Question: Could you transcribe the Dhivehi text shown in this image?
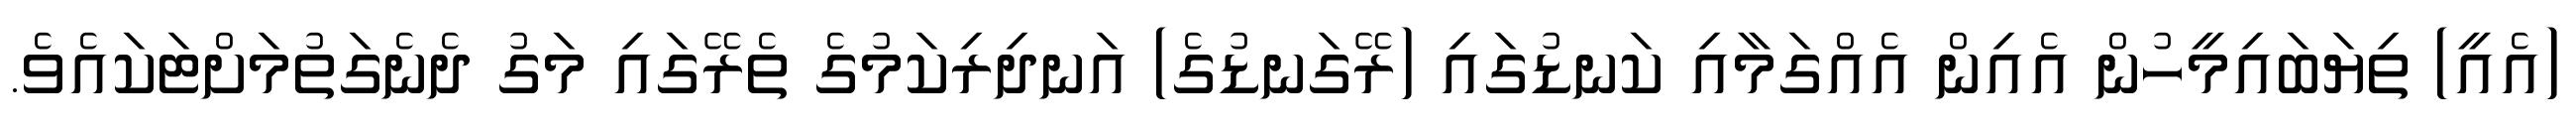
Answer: (އެއީ) ތިޔަބައިމީހުން އެއިން އެއްގަމާއި ކަނޑުގައި (ރޭގަނޑުގެ) އަނދިރިކަމުގެ ތެރޭގައި މަގު ދެނެގަތުމަށްޓަކައެވެ.